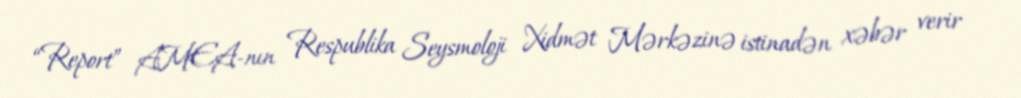
“Report” AMEA-nın Respublika Seysmoloji Xidmət Mərkəzinə istinadən xəbər verir